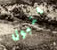
يتبول